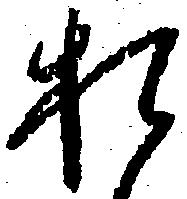
お